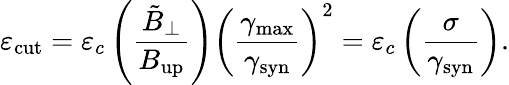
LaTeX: \varepsilon_{\mathrm{cut}}=\varepsilon_{c}\left(\frac{\tilde{B}_{\perp}}{B_{\mathrm{up}}}\right)\left(\frac{\gamma_{\mathrm{max}}}{\gamma_{\mathrm{syn}}}\right)^{2}=\varepsilon_{c}\left(\frac{\sigma}{\gamma_{\mathrm{syn}}}\right).